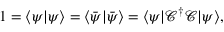
1 = \langle \psi | \psi \rangle = \langle { \bar { \psi } } | { \bar { \psi } } \rangle = \langle \psi | { \mathcal { C } } ^ { \dagger } { \mathcal { C } } | \psi \rangle ,